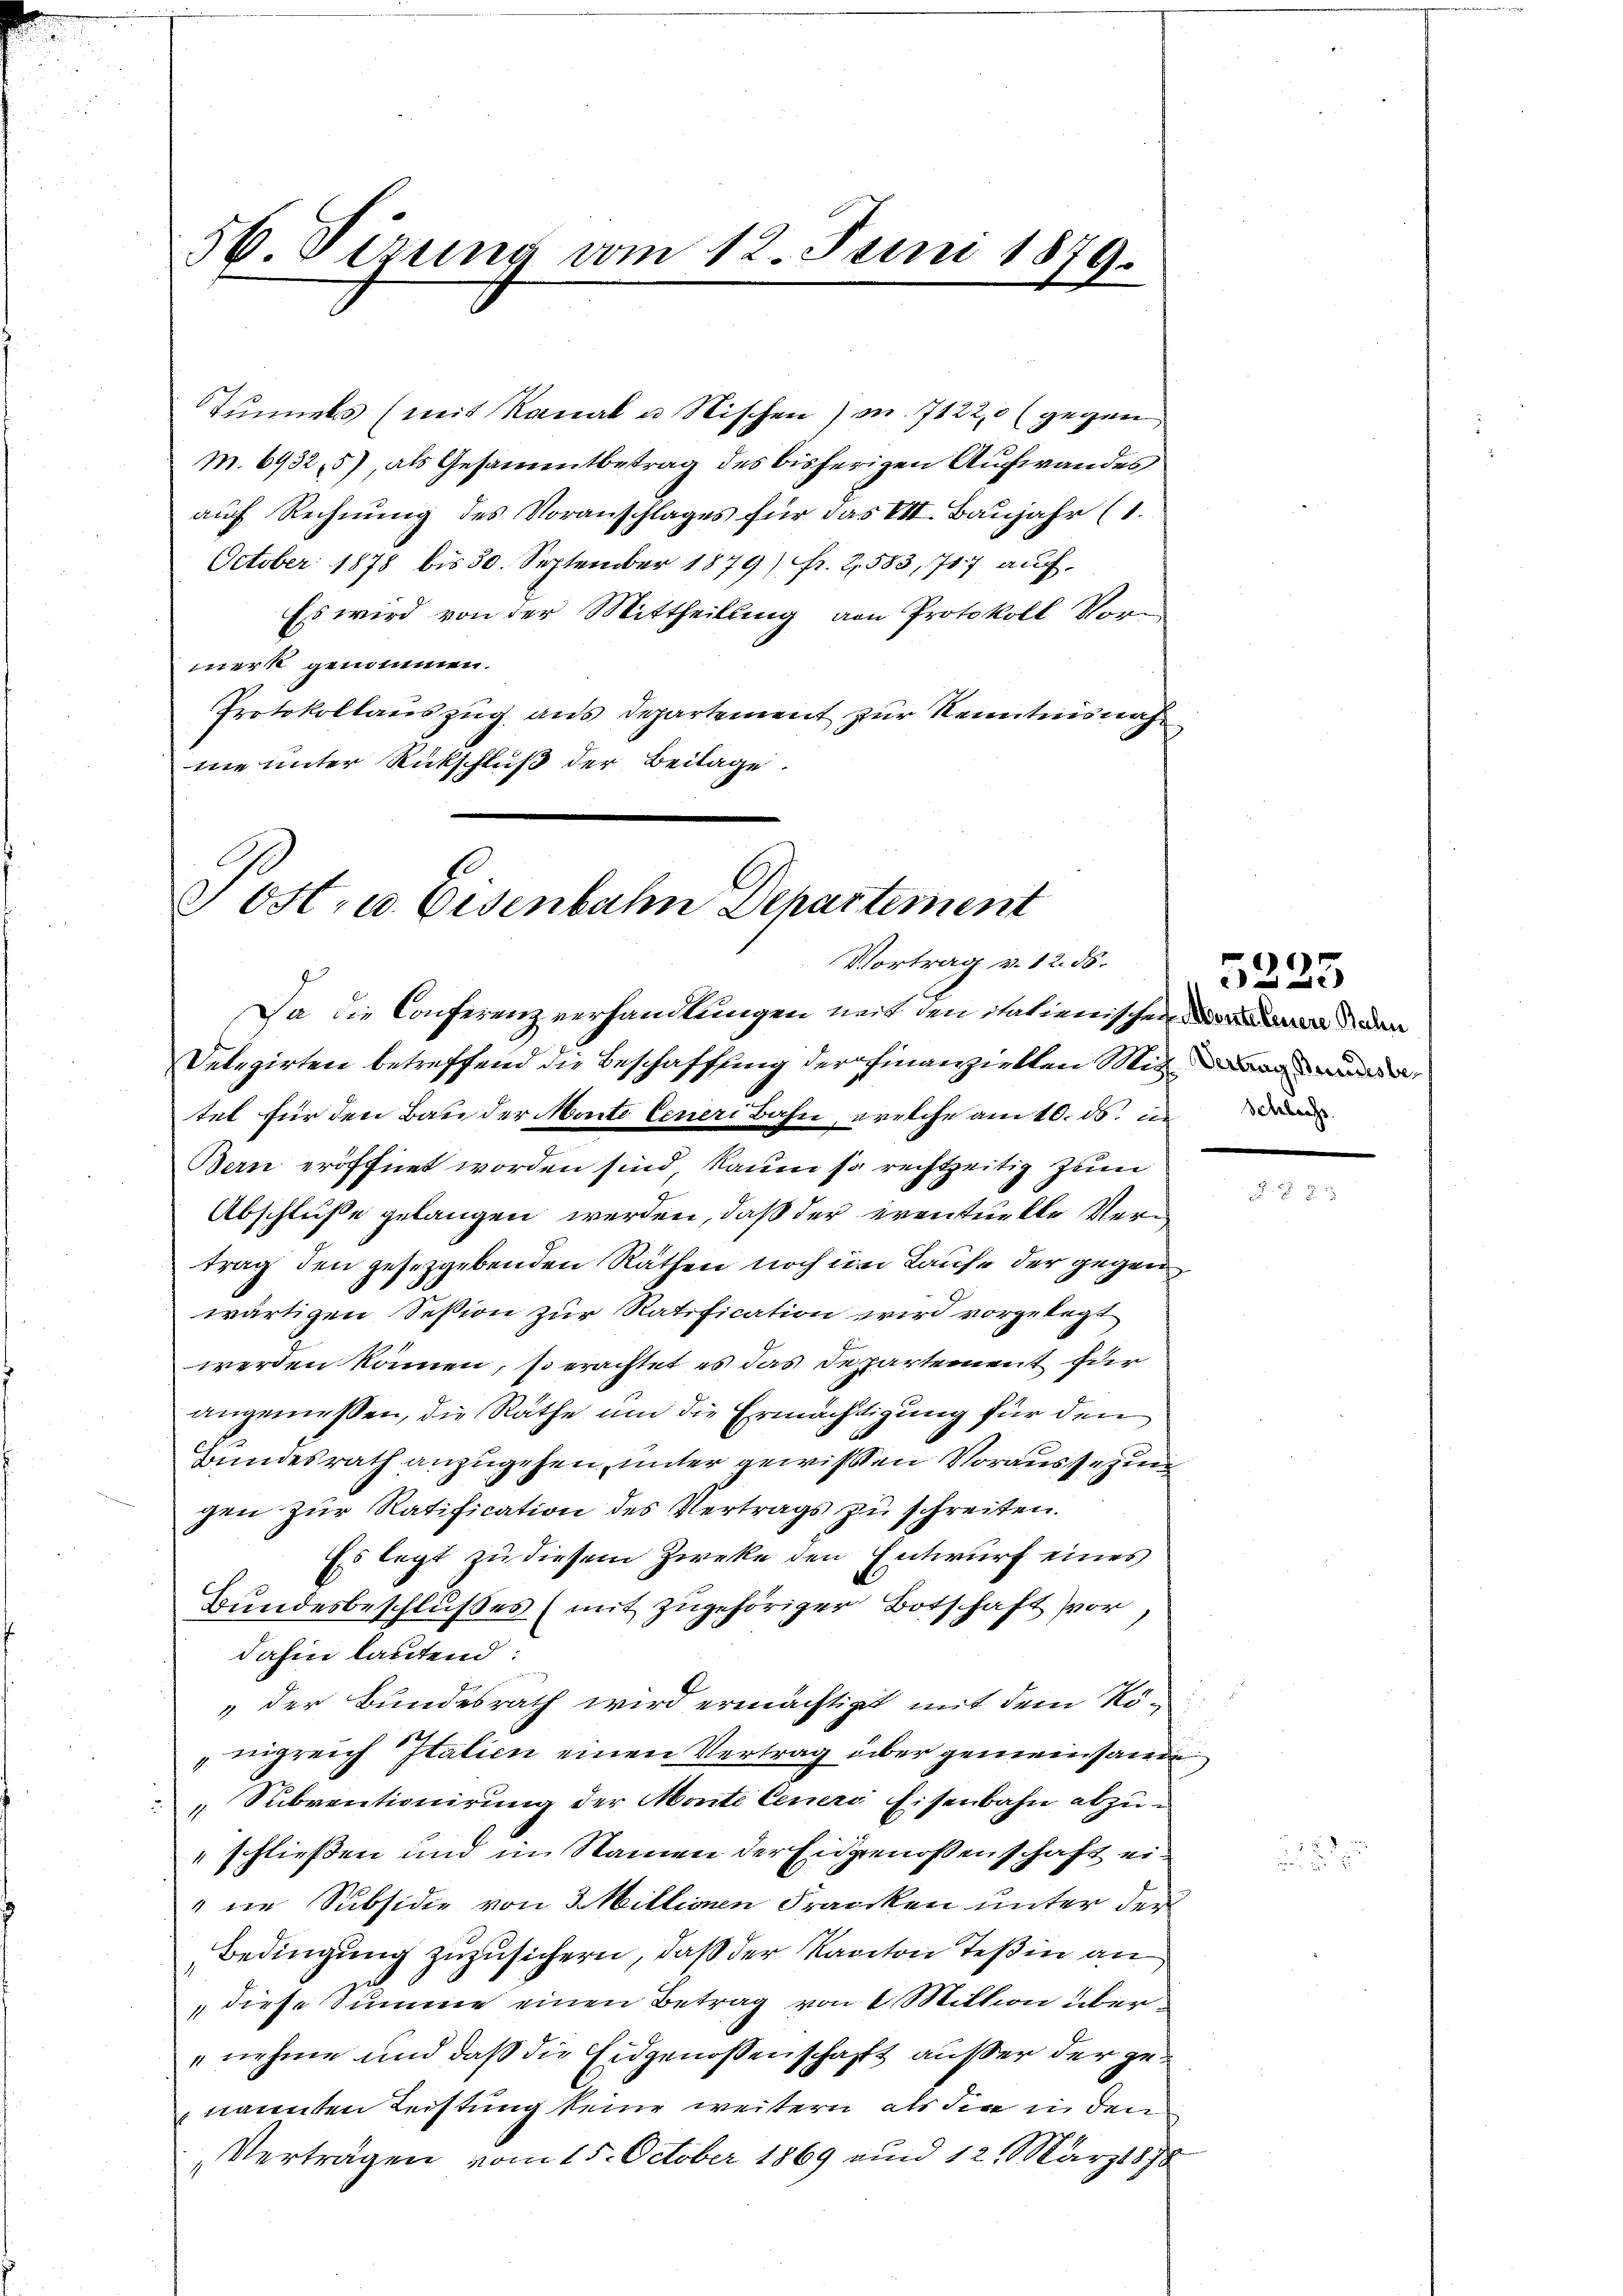
m. 69325), als Gesammtbetrag des bisherigen Aufwandes
auf Rechnung des Voranschlages für das VII. Baŭjahr (1.
October 1878 bis 30. September 1879) Fr. 2. 583, 717 auf
Es wird von der Mittheilung von Protokoll Vormerk genommen.
Protokollauszug aus departement zur Kenntnisnahe
me unter Rückschluß der Beilage.

56. Sirung vom 12. Juni 1879.

Tunnels (mit Kanal u Nischen) m. 71220 (gegen

Post- u. Eisenbahn Departement
Vortrag v. 12. 86.
Da die Conferenz verhandlungen mit den itationischen Vor den

Delegirten betreffend die Beschaffung der finanzielten Mit der
tet für den Bau der Marte Cener Bahn, welche am 10. ds. i
Bern eröffnet worden sind, kaum so rechtzeitig zum
Abschluße gelangen werden, daß der eventuelle Vertrag den gesezgebenden Räthen noch im Laufe der gegen
wärtigen Session zur Ratification wird vorgelegt
werden können, so erachtet es das Departement für
angemessen, die Rathe um die Ermächtigung für den
Bundesrath anzugehen, unter gewißen Voraussezung
gen zur Ratification des Vertrags zu schreiten.
Es legt zu diesem Zweke den Entwurf eines
e
Bundesbeschlußes (mit zugehöriger Botschaft vor,
dahin lautend:
„der Bundesrath wird ermächtigt mit dem Königreich Italien einen Vertrag über gemeinsame
„Subventionirung der Monte Cener Eisenbahn abzu¬
" schließen und in Namen der Eidgenossenschaft ei¬
" die Subsidie von Willionen Franken unter der
Bedingung zuzusichern, daß der Kanton Teßin an
diese Summe einen Betrag von 2 Million über¬
"nehme und daß die Eidgenossenschaft außer der genannten Leistung keine weitern als die in den
Verträgen vom 15. October 1869 und 12. März 1878

5225